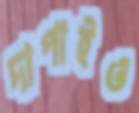
দাপাইও